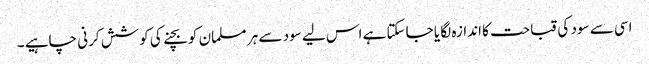
اسی سے سود کی قباحت کا اندازہ لگا یا جاسکتا ہے اس لیے سود سے ہر مسلمان کو بچنے کی کوشش کرنی چاہیے ۔